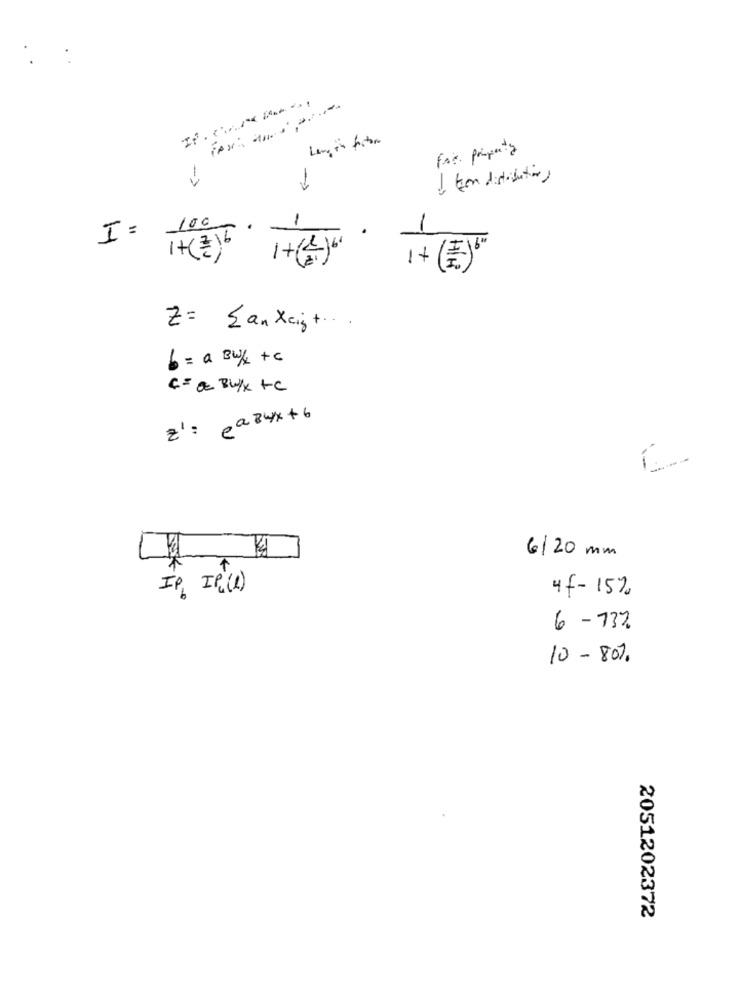
It.c/
Long in factor
For property
->
1
100
I=
1+(2)6
-
+
HÍR
Z= {anXeigt.
b = a Bw/f +c
C= & BU/X +C
z' : pax4x +6
6/20 mm
IP, IP(1)
4f-15%
6 -73%
10 - 80%.
2051202372